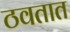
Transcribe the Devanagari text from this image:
ठवतात